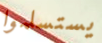
يستسلموا